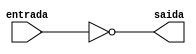
// --------------------------------------- 
// Guia 02 - Extra 01 - Exercicio 06
// Nome: Alvaro Henrique de Araujo Rungue 
// ---------------------------------------

// -----------------------------
// -- calculo complemento de 1
// -----------------------------

module calculoComplemento1 (saida, entrada);

 output [0:7] saida;
 input [0:7] entrada;

 assign saida = ~entrada;
 
endmodule //-- calculoComplemento1


// --------------------------------
// -- Testando calculoComplemento1
// --------------------------------

module testcalculoComplemento1;
 reg   [0:7] entrada1;
 wire  [0:7] saida1;
 
          //-- instancia
 calculoComplemento1 COMPLEMENTO1 (saida1 , entrada1);
          
			 //-- parte principal
 
 initial begin
 
      entrada1=8'b00000001; //-- byte
		
      $display("Guia 02 - Extra 01 - Exercicio 06 - Alvaro Henrique de Araujo Rungue - 395487");
		
      $display("\nTeste do Modulo que Calcula complemento de 1:");
      $display("\n\n\nByte:    	Complemento de 1:\n");
		
		$monitor("%b        %b", entrada1 , saida1);

 #1   entrada1 = 8'b00000010; //-- byte
 #1   entrada1 = 8'b00000100; //-- byte   
 #1   entrada1 = 8'b00001000; //-- byte 
 #1   entrada1 = 8'b00010000; //-- byte  
 #1   entrada1 = 8'b00100000; //-- byte 
 #1   entrada1 = 8'b01000000; //-- byte 
 #1   entrada1 = 8'b10000000; //-- byte 
 #1   entrada1 = 8'b11111111; //-- byte 
 #1   entrada1 = 8'b00000000; //-- byte 
 
 end

endmodule //-- testcalculoComplemento1